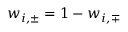
w _ { i , \pm } = 1 - w _ { i , \mp }